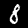
Label: 8